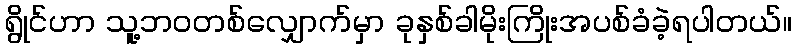
ရွိုင်ဟာ သူ့ဘဝတစ်လျှောက်မှာ ခုနှစ်ခါမိုးကြိုးအပစ်ခံခဲ့ရပါတယ်။